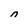
Character: n